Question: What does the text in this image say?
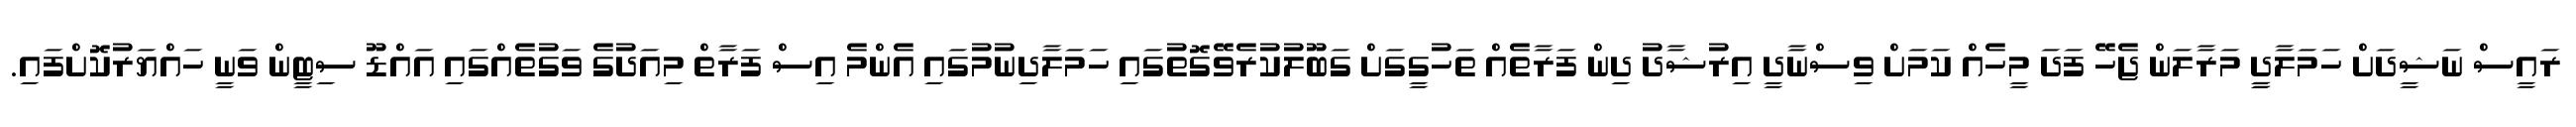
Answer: ރައީސް ނަޝީދަށް ހަމަލާދީީ މަރާލަން ޖެހޭ ފަދަ މީހެއް ކަމަށް ވިސްނާދީ އިރުޝާދު ދިން ފަރާތެއް ތަހުގީގަށް ގަބޫލުކުރެވޭގޮތުގައި ހަމަލާދިނުމުގައި އެންމެ އިސް ފަރާތް މިއަދުގެ ވަގުތެއްގައި އައްޑޫ ސިޓީން ވަނީ ހައްޔަރުކޮށްފައި.